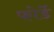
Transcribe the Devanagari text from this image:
फोर्डे